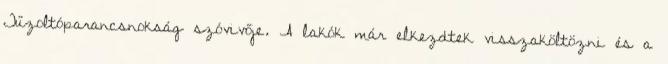
Tűzoltóparancsnokság szóvivője. A lakók már elkezdtek visszaköltözni és a